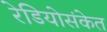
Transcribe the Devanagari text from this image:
रेडियोसंकेत